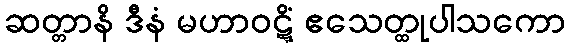
ဆတ္တာနိ ဒီနံ မဟာဝဋ္ဋိံ ဧသေတ္ထုပါသကော